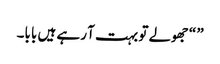
” “جھولے تو بہت آ رہے ہیں بابا۔